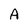
Character: A